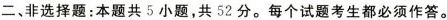
二、非选择题：本题共5小题，共52分。每个试题考生都必须作答。